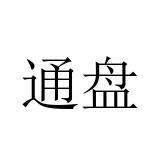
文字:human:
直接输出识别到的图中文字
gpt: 通盘